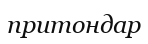
притондар